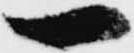
一